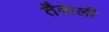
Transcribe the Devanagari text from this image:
तैवाली